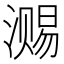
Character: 𣽷